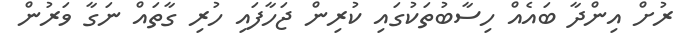
ރުށް އިންދާާ ބައެއް ހިސާބުތަކުގައި ކުރިން ޖަހާފައި ހުރި ގާތައް ނަގާ ވަރުން